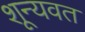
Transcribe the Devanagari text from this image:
शून्यवत